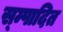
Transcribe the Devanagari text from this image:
स्म्पादित